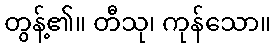
တွန့်၏။ တီသု၊ ကုန်သော။